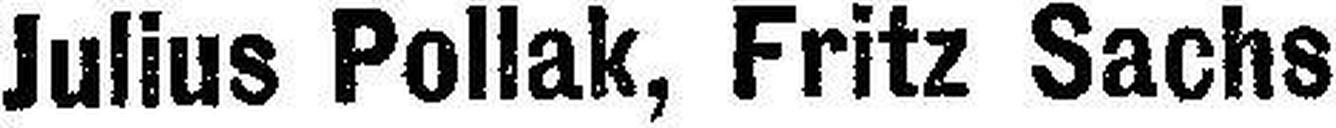
Julius Pollak, Fritz Sachs